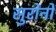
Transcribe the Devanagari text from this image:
सुरोनो